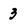
Character: 3